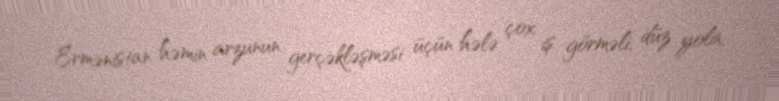
Ermənistan həmin arzunun gerçəkləşməsi üçün hələ çox iş görməli, düz yola